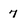
Character: 7